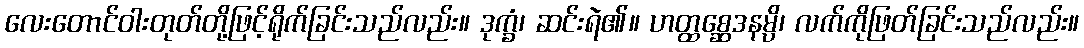
လေးတောင်ဝါးတုတ်တို့ဖြင့်ရိုက်ခြင်းသည်လည်း။ ဒုက္ခံ၊ ဆင်းရဲ၏။ ဟတ္ထစ္ဆေဒနမ္ပိ၊ လက်ကိုဖြတ်ခြင်းသည်လည်း။